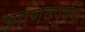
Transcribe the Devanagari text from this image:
जाणिवपूर्वक